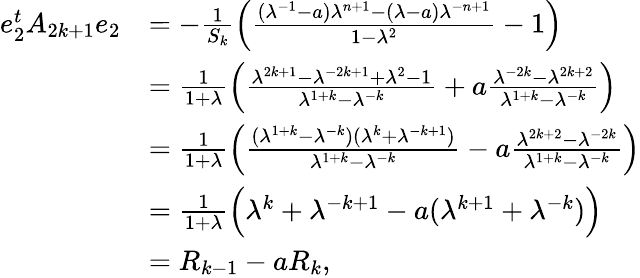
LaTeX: \begin{array}{rl}{e_{2}^{t}A_{2k+1}e_{2}}&{=-\frac{1}{S_{k}}\Bigl(\frac{(\lambda^{-1}-a)\lambda^{n+1}-(\lambda-a)\lambda^{-n+1}}{1-\lambda^{2}}-1\Bigr)}\\ &{=\frac{1}{1+\lambda}\Bigl(\frac{\lambda^{2k+1}-\lambda^{-2k+1}+\lambda^{2}-1}{\lambda^{1+k}-\lambda^{-k}}+a\frac{\lambda^{-2k}-\lambda^{2k+2}}{\lambda^{1+k}-\lambda^{-k}}\Bigr)}\\ &{=\frac{1}{1+\lambda}\Bigl(\frac{(\lambda^{1+k}-\lambda^{-k})(\lambda^{k}+\lambda^{-k+1})}{\lambda^{1+k}-\lambda^{-k}}-a\frac{\lambda^{2k+2}-\lambda^{-2k}}{\lambda^{1+k}-\lambda^{-k}}\Bigr)}\\ &{=\frac{1}{1+\lambda}\Bigl(\lambda^{k}+\lambda^{-k+1}-a(\lambda^{k+1}+\lambda^{-k})\Bigr)}\\ &{=R_{k-1}-aR_{k},}\end{array}